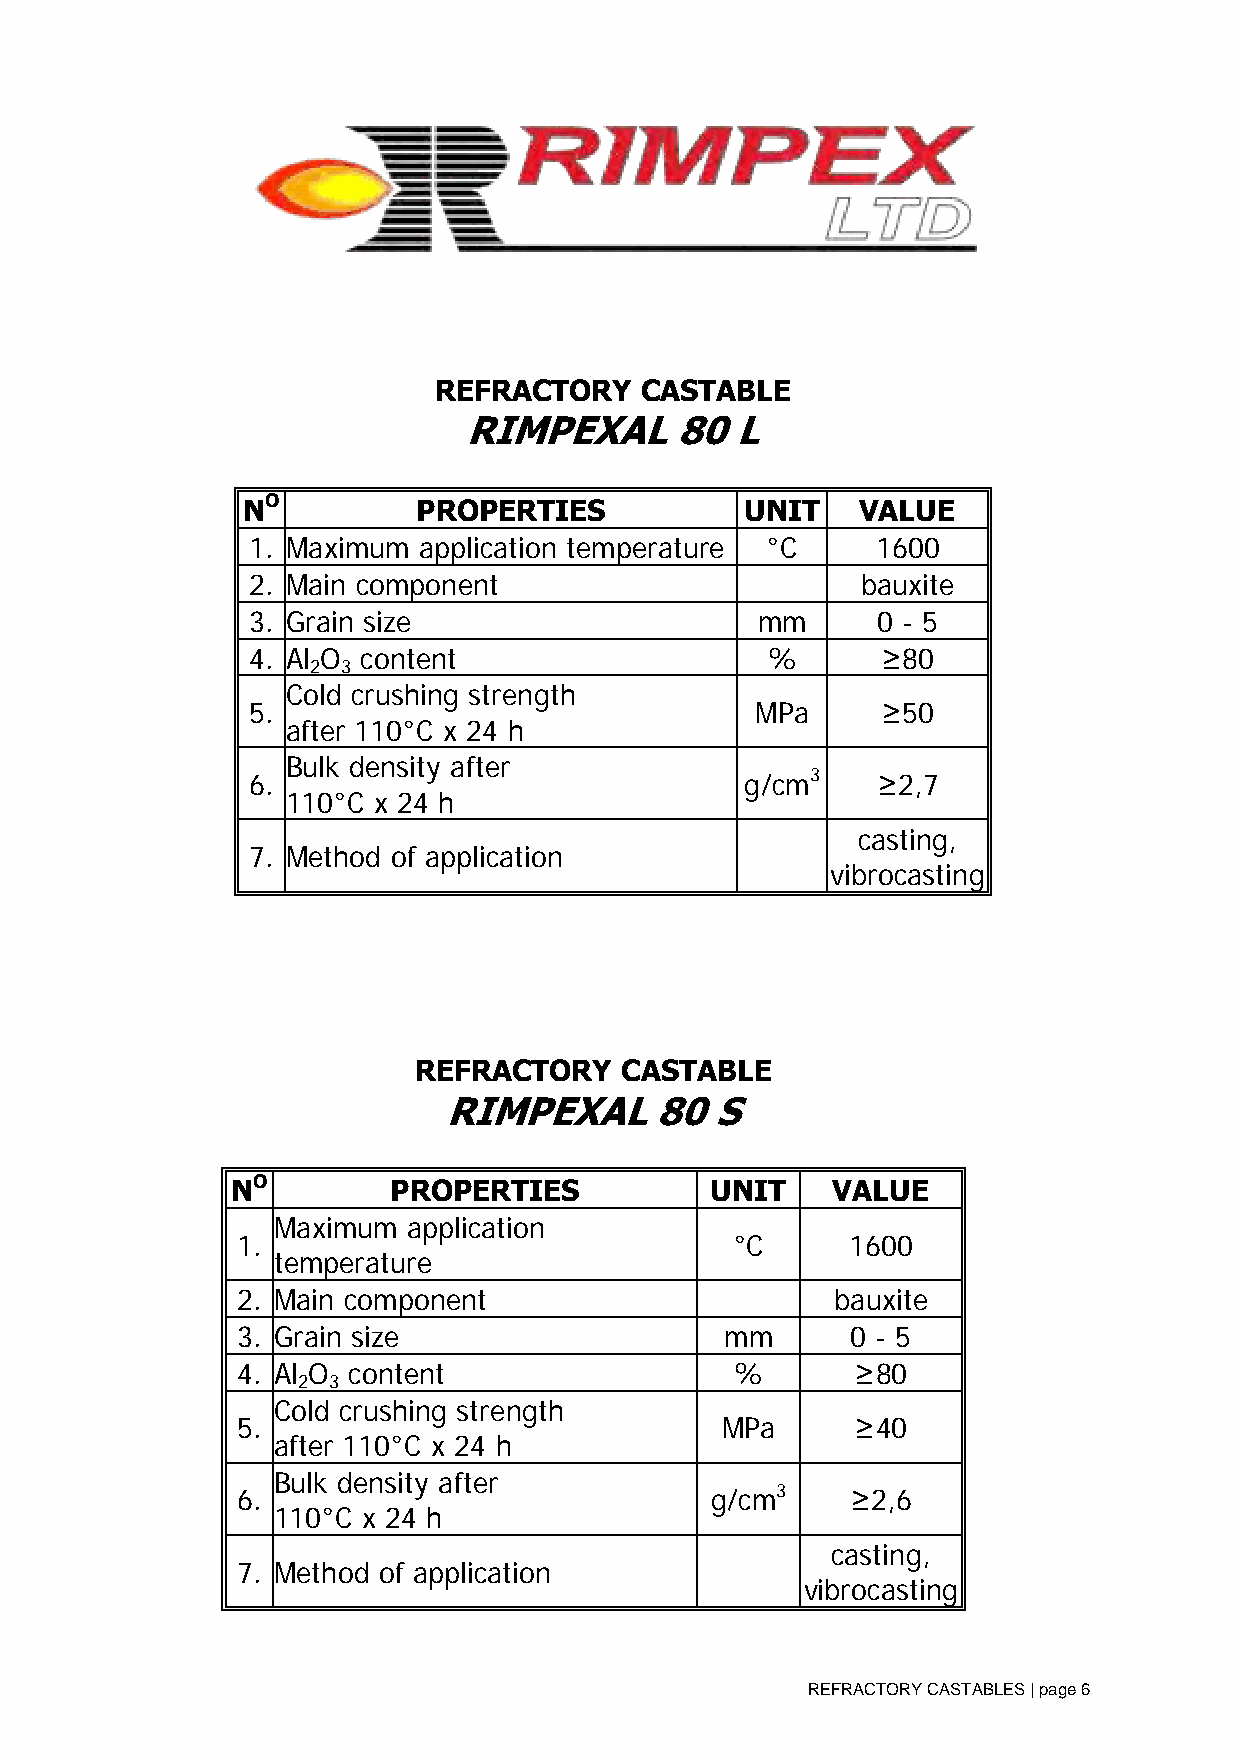
REFRACTORY   CASTABLE
 RIMPE   XAL   80  L
 NO          PROPERTIES           UNIT    VALUE
 1. Maximum  application temperature °C    1600
 2. Main component                        bauxite
 3. Grain size                     mm      0 - 5
 4 . Al O content                   %      ≥80
 2 3
 Cold crushing strength
 5.                                MPa     ≥50
 after 110°C x 24 h
 Bulk density after
 6.                               g/cm3    ≥2,7
 110°C x 24 h
 casting,
 7. Method of application
 vibrocasting
 REFRACTORY    CASTABLE
 RIMPEXAL      80  S
 NO         PRO PERTIES          UNIT    VALUE
 Maximum  application
 1.                               °C     1600
 temperature
 2. Main component                      bauxite
 3. Grain size                   mm      0 - 5
 4. Al O content                  %       ≥80
 2 3
 Cold crushing strength
 5.                              MPa      ≥40
 after 110°C x 24 h
 Bulk density after
 6.                             g/cm3    ≥2,6
 110°C x 24 h
 casting,
 7. Method of application
 vibrocasting
 REFRACTORY CASTABLES | page 6